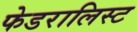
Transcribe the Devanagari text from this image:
फेडरालिस्ट